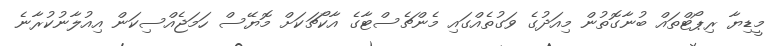
މީޑިޔާ ރިޕޯޓްތައް ބުނާގޮތުން މިއަދުގެ ވަގުތެއްގައި މެންޗެސްޓާގެ އާކޯޗަކަށް މޮޔޭސް ހަމަޖެއްސިކަން އިއުލާނުކުރާނެ